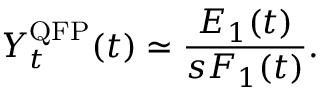
Y _ { t } ^ { \mathrm { Q F P } } ( t ) \simeq \frac { E _ { 1 } ( t ) } { s F _ { 1 } ( t ) } .